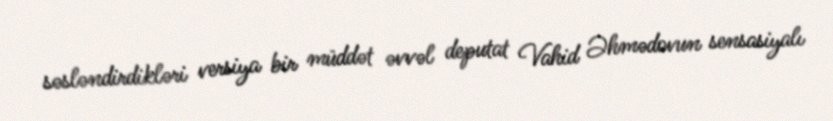
səsləndirdikləri versiya bir müddət əvvəl deputat Vahid Əhmədovun sensasiyalı